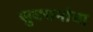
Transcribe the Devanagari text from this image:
सुवचनांचा